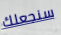
سنجعلك